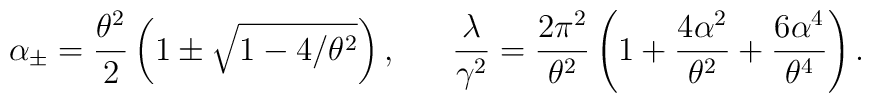
\alpha_\pm = \frac{\theta^2}{2} \left( 1 \pm \sqrt{1 -4/\theta^2} \right), \ \ \ \ \ \frac{\lambda}{\gamma^2} =\frac{2\pi^2}{\theta^2} \left( 1 + \frac{4\alpha^2}{\theta^2}+ \frac{6\alpha^4}{\theta^4} \right).